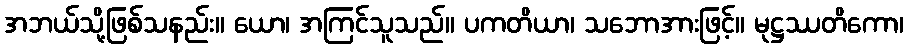
အဘယ်သို့ဖြစ်သနည်း။ ယော၊ အကြင်သူသည်။ ပကတိယာ၊ သဘောအားဖြင့်။ မုဋ္ဌဿတိကော၊